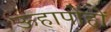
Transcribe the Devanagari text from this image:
ऊहापोहों